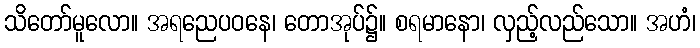
သိတော်မူလော။ အရညေပဝနေ၊ တောအုပ်၌။ စရမာနော၊ လှည့်လည်သော။ အဟံ၊